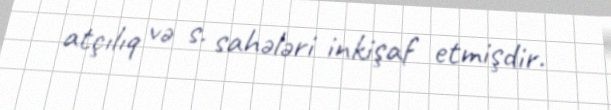
atçılıq və s. sahələri inkişaf etmişdir.